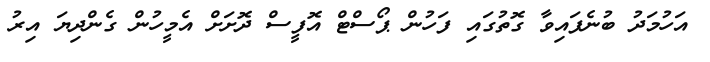
އަހުމަދު ބުނެފައިވާ ގޮތުގައި ފަހުން ޕޯސްޓް އޮފީސް ދޮށަށް އެމީހުން ގެންދިޔަ އިރު